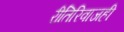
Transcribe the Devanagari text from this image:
रीतिरिवाजही